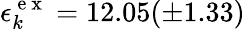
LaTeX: \epsilon_{k}^{\mathrm{~e~x~}}=12.05(\pm 1.33)